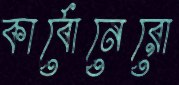
কার্বোনেরো